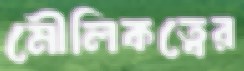
মৌলিকত্বের